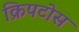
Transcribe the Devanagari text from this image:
क्रिपटोस